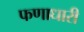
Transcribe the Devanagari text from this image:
फणाधारी